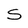
Character: S